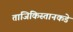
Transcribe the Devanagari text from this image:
ताजिकिस्तानकडे